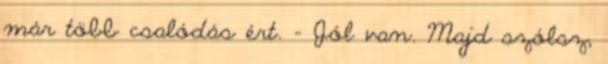
már több csalódás ért. - Jól van. Majd szólsz,